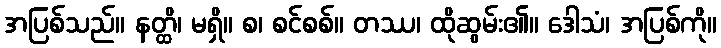
အပြစ်သည်။ နတ္ထိ၊ မရှိ။ စ၊ စင်စစ်။ တဿ၊ ထိုဆွမ်း၏။ ဒေါသံ၊ အပြစ်ကို။